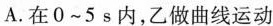
A.在0~5s内，乙做曲线运动